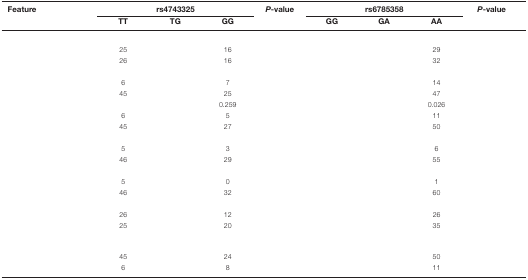
<table><thead><tr><td><b>Feature</b></td><td colspan="3"><b>rs4743325</b></td><td><b><i>P</i>-value</b></td><td colspan="3"><b>rs6785358</b></td><td><b><i>P</i>-value</b></td></tr><tr><td>[EMPTY_CELL]</td><td><b>TT</b></td><td><b>TG</b></td><td><b>GG</b></td><td>[EMPTY_CELL]</td><td><b>GG</b></td><td><b>GA</b></td><td><b>AA</b></td><td>[EMPTY_CELL]</td></tr></thead><tbody><tr><td>[EMPTY_CELL]</td><td>[EMPTY_CELL]</td><td>[EMPTY_CELL]</td><td>[EMPTY_CELL]</td><td>[EMPTY_CELL]</td><td>[EMPTY_CELL]</td><td>[EMPTY_CELL]</td><td>[EMPTY_CELL]</td><td>[EMPTY_CELL]</td></tr><tr><td>[EMPTY_CELL]</td><td>25</td><td>[EMPTY_CELL]</td><td>16</td><td>[EMPTY_CELL]</td><td>[EMPTY_CELL]</td><td>[EMPTY_CELL]</td><td>29</td><td>[EMPTY_CELL]</td></tr><tr><td>[EMPTY_CELL]</td><td>26</td><td>[EMPTY_CELL]</td><td>16</td><td>[EMPTY_CELL]</td><td>[EMPTY_CELL]</td><td>[EMPTY_CELL]</td><td>32</td><td>[EMPTY_CELL]</td></tr><tr><td>[EMPTY_CELL]</td><td>[EMPTY_CELL]</td><td>[EMPTY_CELL]</td><td>[EMPTY_CELL]</td><td>[EMPTY_CELL]</td><td>[EMPTY_CELL]</td><td>[EMPTY_CELL]</td><td>[EMPTY_CELL]</td><td>[EMPTY_CELL]</td></tr><tr><td>[EMPTY_CELL]</td><td>6</td><td>[EMPTY_CELL]</td><td>7</td><td>[EMPTY_CELL]</td><td>[EMPTY_CELL]</td><td>[EMPTY_CELL]</td><td>14</td><td>[EMPTY_CELL]</td></tr><tr><td>[EMPTY_CELL]</td><td>45</td><td>[EMPTY_CELL]</td><td>25</td><td>[EMPTY_CELL]</td><td>[EMPTY_CELL]</td><td>[EMPTY_CELL]</td><td>47</td><td>[EMPTY_CELL]</td></tr><tr><td>[EMPTY_CELL]</td><td>[EMPTY_CELL]</td><td>[EMPTY_CELL]</td><td>0.259</td><td>[EMPTY_CELL]</td><td>[EMPTY_CELL]</td><td>[EMPTY_CELL]</td><td>0.026</td><td>[EMPTY_CELL]</td></tr><tr><td>[EMPTY_CELL]</td><td>6</td><td>[EMPTY_CELL]</td><td>5</td><td>[EMPTY_CELL]</td><td>[EMPTY_CELL]</td><td>[EMPTY_CELL]</td><td>11</td><td>[EMPTY_CELL]</td></tr><tr><td>[EMPTY_CELL]</td><td>45</td><td>[EMPTY_CELL]</td><td>27</td><td>[EMPTY_CELL]</td><td>[EMPTY_CELL]</td><td>[EMPTY_CELL]</td><td>50</td><td>[EMPTY_CELL]</td></tr><tr><td>[EMPTY_CELL]</td><td>[EMPTY_CELL]</td><td>[EMPTY_CELL]</td><td>[EMPTY_CELL]</td><td>[EMPTY_CELL]</td><td>[EMPTY_CELL]</td><td>[EMPTY_CELL]</td><td>[EMPTY_CELL]</td><td>[EMPTY_CELL]</td></tr><tr><td>[EMPTY_CELL]</td><td>5</td><td>[EMPTY_CELL]</td><td>3</td><td>[EMPTY_CELL]</td><td>[EMPTY_CELL]</td><td>[EMPTY_CELL]</td><td>6</td><td>[EMPTY_CELL]</td></tr><tr><td>[EMPTY_CELL]</td><td>46</td><td>[EMPTY_CELL]</td><td>29</td><td>[EMPTY_CELL]</td><td>[EMPTY_CELL]</td><td>[EMPTY_CELL]</td><td>55</td><td>[EMPTY_CELL]</td></tr><tr><td>[EMPTY_CELL]</td><td>[EMPTY_CELL]</td><td>[EMPTY_CELL]</td><td>[EMPTY_CELL]</td><td>[EMPTY_CELL]</td><td>[EMPTY_CELL]</td><td>[EMPTY_CELL]</td><td>[EMPTY_CELL]</td><td>[EMPTY_CELL]</td></tr><tr><td>[EMPTY_CELL]</td><td>5</td><td>[EMPTY_CELL]</td><td>0</td><td>[EMPTY_CELL]</td><td>[EMPTY_CELL]</td><td>[EMPTY_CELL]</td><td>1</td><td>[EMPTY_CELL]</td></tr><tr><td>[EMPTY_CELL]</td><td>46</td><td>[EMPTY_CELL]</td><td>32</td><td>[EMPTY_CELL]</td><td>[EMPTY_CELL]</td><td>[EMPTY_CELL]</td><td>60</td><td>[EMPTY_CELL]</td></tr><tr><td>[EMPTY_CELL]</td><td>[EMPTY_CELL]</td><td>[EMPTY_CELL]</td><td>[EMPTY_CELL]</td><td>[EMPTY_CELL]</td><td>[EMPTY_CELL]</td><td>[EMPTY_CELL]</td><td>[EMPTY_CELL]</td><td>[EMPTY_CELL]</td></tr><tr><td>[EMPTY_CELL]</td><td>26</td><td>[EMPTY_CELL]</td><td>12</td><td>[EMPTY_CELL]</td><td>[EMPTY_CELL]</td><td>[EMPTY_CELL]</td><td>26</td><td>[EMPTY_CELL]</td></tr><tr><td>[EMPTY_CELL]</td><td>25</td><td>[EMPTY_CELL]</td><td>20</td><td>[EMPTY_CELL]</td><td>[EMPTY_CELL]</td><td>[EMPTY_CELL]</td><td>35</td><td>[EMPTY_CELL]</td></tr><tr><td>[EMPTY_CELL]</td><td>[EMPTY_CELL]</td><td>[EMPTY_CELL]</td><td>[EMPTY_CELL]</td><td>[EMPTY_CELL]</td><td>[EMPTY_CELL]</td><td>[EMPTY_CELL]</td><td>[EMPTY_CELL]</td><td>[EMPTY_CELL]</td></tr><tr><td>[EMPTY_CELL]</td><td>45</td><td>[EMPTY_CELL]</td><td>24</td><td>[EMPTY_CELL]</td><td>[EMPTY_CELL]</td><td>[EMPTY_CELL]</td><td>50</td><td>[EMPTY_CELL]</td></tr><tr><td>[EMPTY_CELL]</td><td>6</td><td>[EMPTY_CELL]</td><td>8</td><td>[EMPTY_CELL]</td><td>[EMPTY_CELL]</td><td>[EMPTY_CELL]</td><td>11</td><td>[EMPTY_CELL]</td></tr></tbody></table>